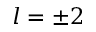
l = \pm 2